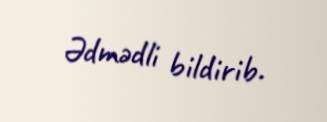
Ədmədli bildirib.